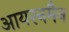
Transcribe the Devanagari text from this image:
आयरनमैन